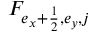
F _ { { e _ { x } + \frac { 1 } { 2 } } , e _ { y } , j }